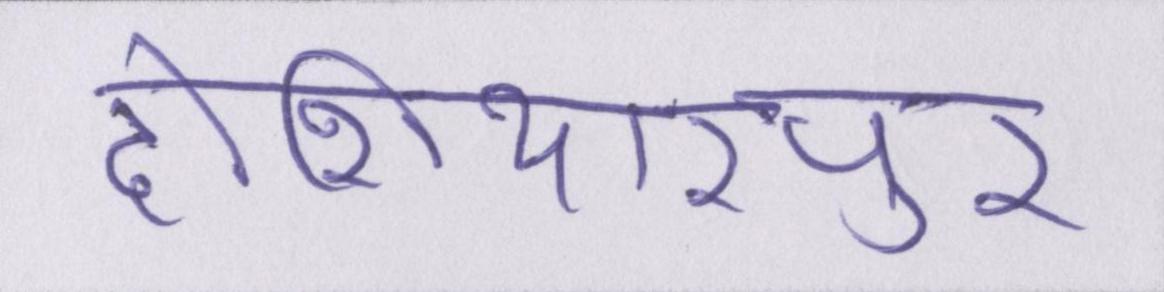
होशियारपुर